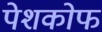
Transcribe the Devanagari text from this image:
पेशकोफ